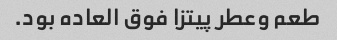
طعم وعطر پیتزا فوق العاده بود.